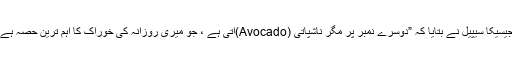
“جیسیکا سیپیل نے بتایا کہ ”دوسرے نمبر پر مگر ناشپاتی (Avocado)آتی ہے ، جو میری روزانہ کی خوراک کا اہم ترین حصہ ہے ۔